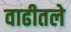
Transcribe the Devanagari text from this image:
वाढीतले